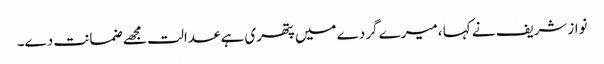
نوازشریف نے کہا ،میرے گردے میں پتھری ہے عدالت مجھے ضمانت دے۔